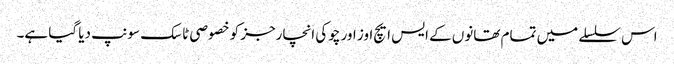
اس سلسلے میں تمام تھانوں کے ایس ایچ اوز اور چوکی انچارجز کو خصوصی ٹاسک سونپ دیا گیا ہے۔